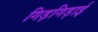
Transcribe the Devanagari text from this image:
गिड़गिड़ाई